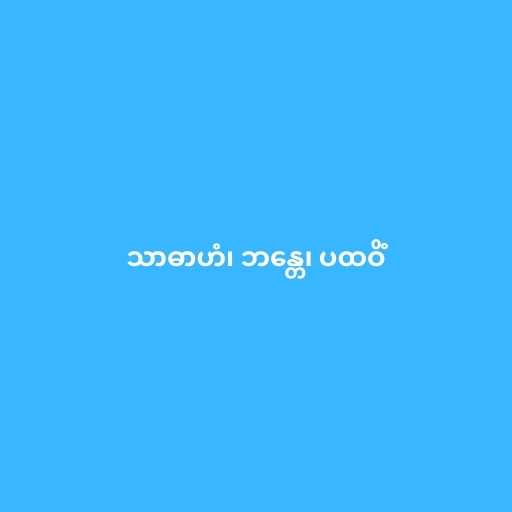
သာဓာဟံ၊ ဘန္တေ၊ ပထဝိံ